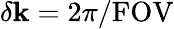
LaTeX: \delta\mathbf{k}=2\pi/\mathrm{{FOV}}